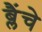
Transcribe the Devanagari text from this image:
ब्लैंचे